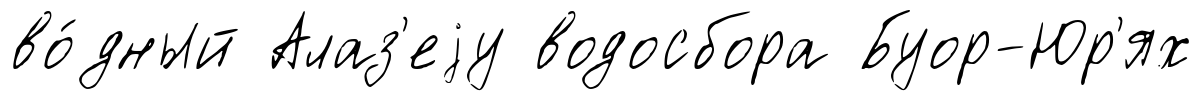
во́дный Алаз'еjу водосбора Буор-Юр'ях